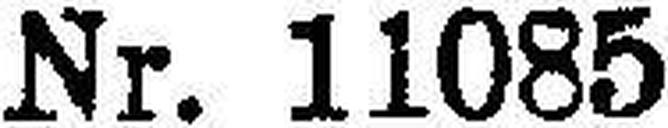
Nr. 11085